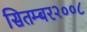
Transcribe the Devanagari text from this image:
सितम्बर२००८